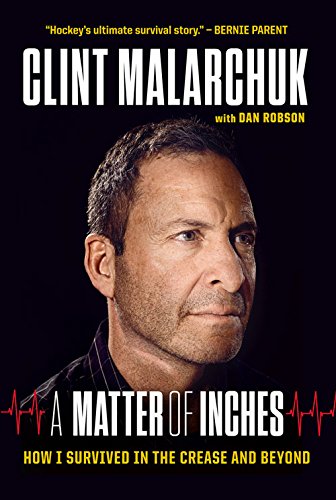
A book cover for A Matter of Inches: How I Survived in the Crease and Beyond; Clint Malarchuk; Biographies & Memoirs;